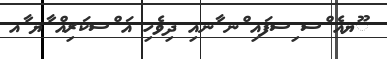
ޫޔއެ ްސ ިސފައި ްނ ާނއި ދިވެހި އަ ްސކަރިއް ާޔ ާއ